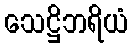
သေဋ္ဌိဘရိယံ